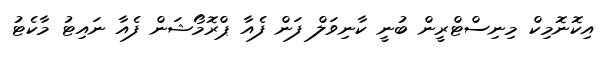
އިކޮނޮމިކް މިނިސްޓްރީން ބުނީ ކާނިވަލް ފަން ފެއާ ޕްރޮމޯޝަން ފެއާ ނައިޓު މާކެޓު